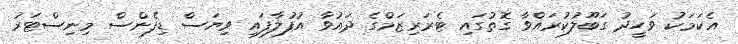
އެކަމަކު ވަހީދު ގަބޫލުކުރައްވާ ގޮތުގައި ޓެރަރިޒަމްގެ ދައުވާ އުފުލާފައި ވިޔަސް ޑިފެންސް މިނިސްޓަރު